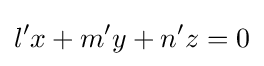
l'x+m'y+n'z=0